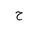
Letter: _ha